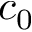
c _ { 0 }